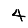
Digit: 4